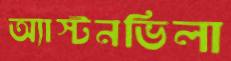
অ্যাস্টনভিলা